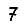
Digit: 7